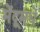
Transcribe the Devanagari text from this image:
मेंदूमधे